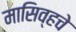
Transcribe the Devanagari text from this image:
मासिव्हचे